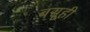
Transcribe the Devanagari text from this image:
बसूही